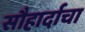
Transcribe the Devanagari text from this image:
सौहार्दाचा